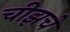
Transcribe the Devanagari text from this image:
चीझचे